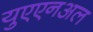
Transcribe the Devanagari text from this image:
युएएनअल